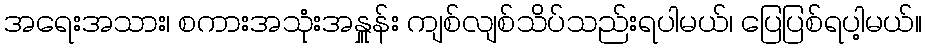
အရေးအသား၊ စကားအသုံးအနှူန်း ကျစ်လျစ်သိပ်သည်းရပါမယ်၊ ပြေပြစ်ရပါ့မယ်။